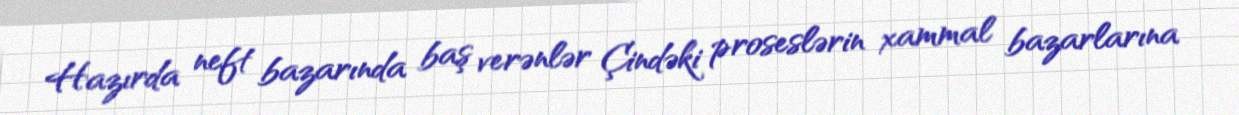
Hazırda neft bazarında baş verənlər Çindəki proseslərin xammal bazarlarına